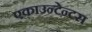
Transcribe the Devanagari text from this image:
एकाउन्टेन्टस